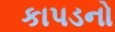
કાપડનો